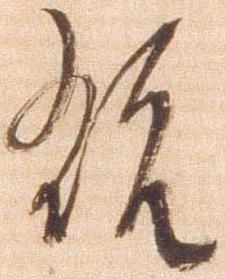
翫